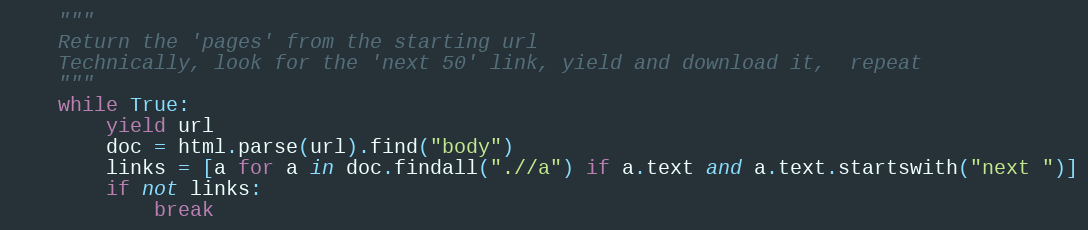
Language: Python
    """
    Return the 'pages' from the starting url
    Technically, look for the 'next 50' link, yield and download it,  repeat
    """
    while True:
        yield url
        doc = html.parse(url).find("body")
        links = [a for a in doc.findall(".//a") if a.text and a.text.startswith("next ")]
        if not links:
            break